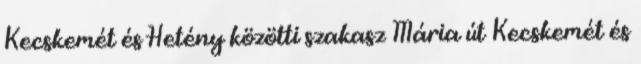
Kecskemét és Hetény közötti szakasz Mária út Kecskemét és